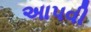
અાપવી